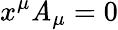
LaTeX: x^{\mu}\mathit{A}_{\mu}=0